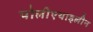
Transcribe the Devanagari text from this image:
पोलीएथाइलीन